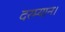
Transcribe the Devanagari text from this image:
दरम्यान।